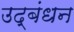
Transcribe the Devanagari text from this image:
उद्‍बंधन